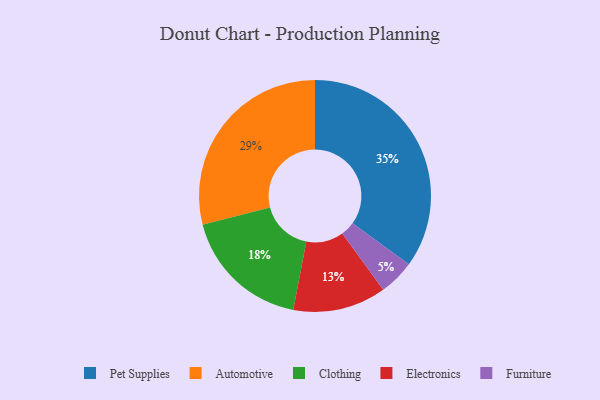
{"axis": {"x": "Category", "y": "Percentage"}, "legend": ["Automotive", "Clothing", "Electronics", "Furniture", "Pet Supplies"], "data": [{"x": "Automotive", "y": 29, "type": "Automotive"}, {"x": "Furniture", "y": 5, "type": "Furniture"}, {"x": "Pet Supplies", "y": 35, "type": "Pet Supplies"}, {"x": "Electronics", "y": 13, "type": "Electronics"}, {"x": "Clothing", "y": 18, "type": "Clothing"}]}